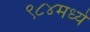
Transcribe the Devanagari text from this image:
९८४मध्ये